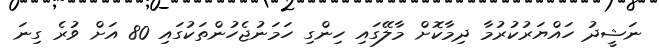
ނަޝީދު ހައްޔަރުކުރުމާ ދިމާކޮށް މާލޭގައި ހިންގި ހަމަނުޖެހުންތަކުގައި 80 އަށް ވުރެ ގިނަ